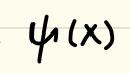
$\psi(x)$